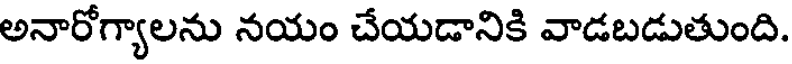
అనారోగ్యాలను నయం చేయడానికి వాడబడుతుంది.